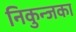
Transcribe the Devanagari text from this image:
निकुन्जका